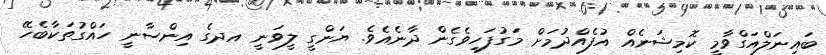
ބައިނަލްއަގްވާމީ ކޮމިޝަނެއް އުފެއްދުމަށް މަގުފަހިވެގެން ދާނެއެވެ. ޔަންގީ ލީވަނީ އދގެ އިންސާނީ ހައްގުތަކާބެހޭ